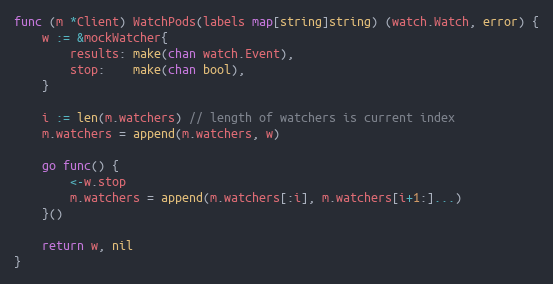
Language: Go
func (m *Client) WatchPods(labels map[string]string) (watch.Watch, error) {
	w := &mockWatcher{
		results: make(chan watch.Event),
		stop:    make(chan bool),
	}

	i := len(m.watchers) // length of watchers is current index
	m.watchers = append(m.watchers, w)

	go func() {
		<-w.stop
		m.watchers = append(m.watchers[:i], m.watchers[i+1:]...)
	}()

	return w, nil
}